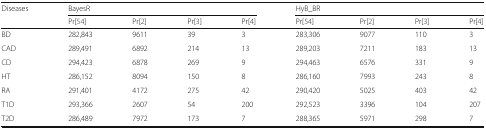
| <ROWSPAN=2> Diseases | <COLSPAN=4> BayesR | <COLSPAN=4> HyB_BR |
 | Pr[54] | Pr[2] | Pr[3] | Pr[4] | Pr[54] | Pr[2] | Pr[3] | Pr[4] |
 | --- | --- | --- | --- | --- | --- | --- | --- | --- |
 | BD | 282,843 | 9611 | 39 | 3 | 283,306 | 9077 | 110 | 3 |
 | CAD | 289,491 | 6892 | 214 | 13 | 289,203 | 7211 | 183 | 13 |
 | CD | 294,423 | 6878 | 269 | 9 | 294,463 | 6576 | 331 | 9 |
 | HT | 286,152 | 8094 | 150 | 8 | 286,160 | 7993 | 243 | 8 |
 | RA | 291,401 | 4172 | 275 | 42 | 290,420 | 5025 | 403 | 42 |
 | T1D | 293,366 | 2607 | 54 | 200 | 292,523 | 3396 | 104 | 207 |
 | T2D | 286,489 | 7972 | 173 | 7 | 288,365 | 5971 | 298 | 7 |